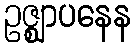
ဥဇ္ဈာပနေန